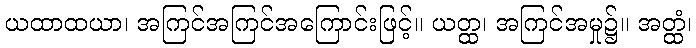
ယထာထယာ၊ အကြင်အကြင်အကြောင်းဖြင့်။ ယတ္ထ၊ အကြင်အမှု၌။ အတ္ထံ၊